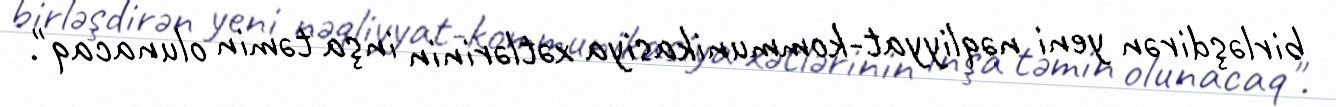
birləşdirən yeni nəqliyyat-kommunikasiya xətlərinin inşa təmin olunacaq".